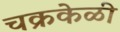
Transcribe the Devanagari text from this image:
चक्रकेळी